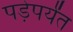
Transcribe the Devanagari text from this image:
पड़ेपर्यंत